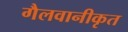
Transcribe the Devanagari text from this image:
गैलवानीकृत